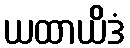
ယထာယိဒံ